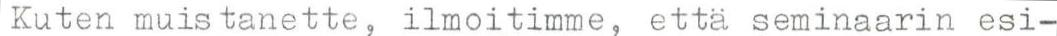
Kuten muistanette, ilmoitimme, että seminaarin esi-